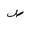
Letter: _sad